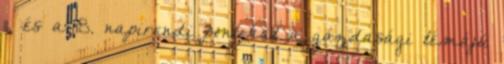
11. és a 18. napirendi pontokat a gazdasági témájú